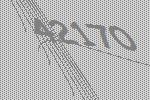
42170